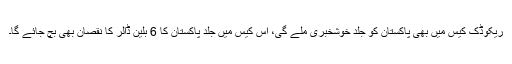
ریکوڈک کیس میں بھی پاکستان کو جلد خوشخبری ملے گی، اس کیس میں جلد پاکستان کا 6 بلین ڈالر کا نقصان بھی بچ جائے گا۔